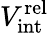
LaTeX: V_{\mathrm{int}}^{\mathrm{rel}}